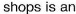
shops is an